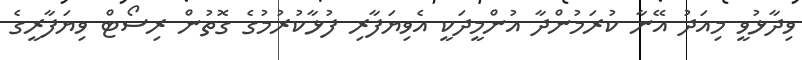
ވިދާޅުވީ މިއަދު އޭނާ ކުރަމުންދާ އުންމީދަކީ އެވިޔަފާރި ފުޅާކުރުމުގެ ގޮތުން ރިސޯޓް ވިޔަފާރީގެ